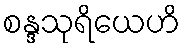
စန္ဒသုရိယေဟိ